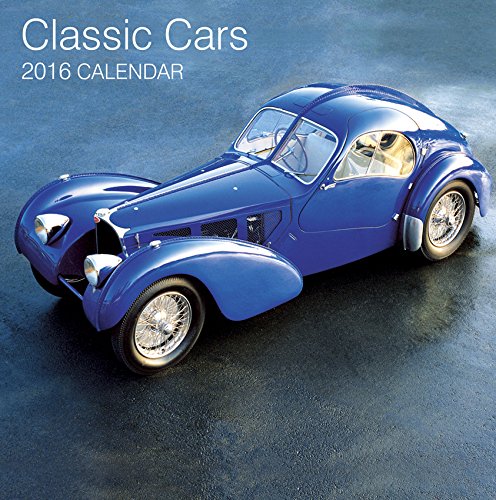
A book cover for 2016 Calendar: Classic Cars; Peony Press; Calendars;